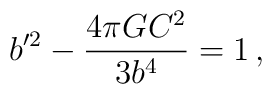
b'^2 - {4\pi GC^2 \over 3b^4} = 1\,,